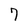
Character: 7